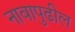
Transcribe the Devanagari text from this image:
नावापुढील